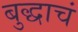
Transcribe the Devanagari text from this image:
बुद्धाचं